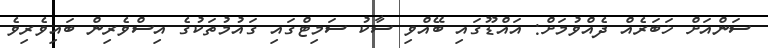
ސަންއަށް ޚަބަރެއް ދެއްވުމަށް: އައްޑޫގައި ބޭއްވި ސާކު ސަމިޓްގައި ގައުމުތަކުގެ އިސްވެރިން ބައިވެރިވެ